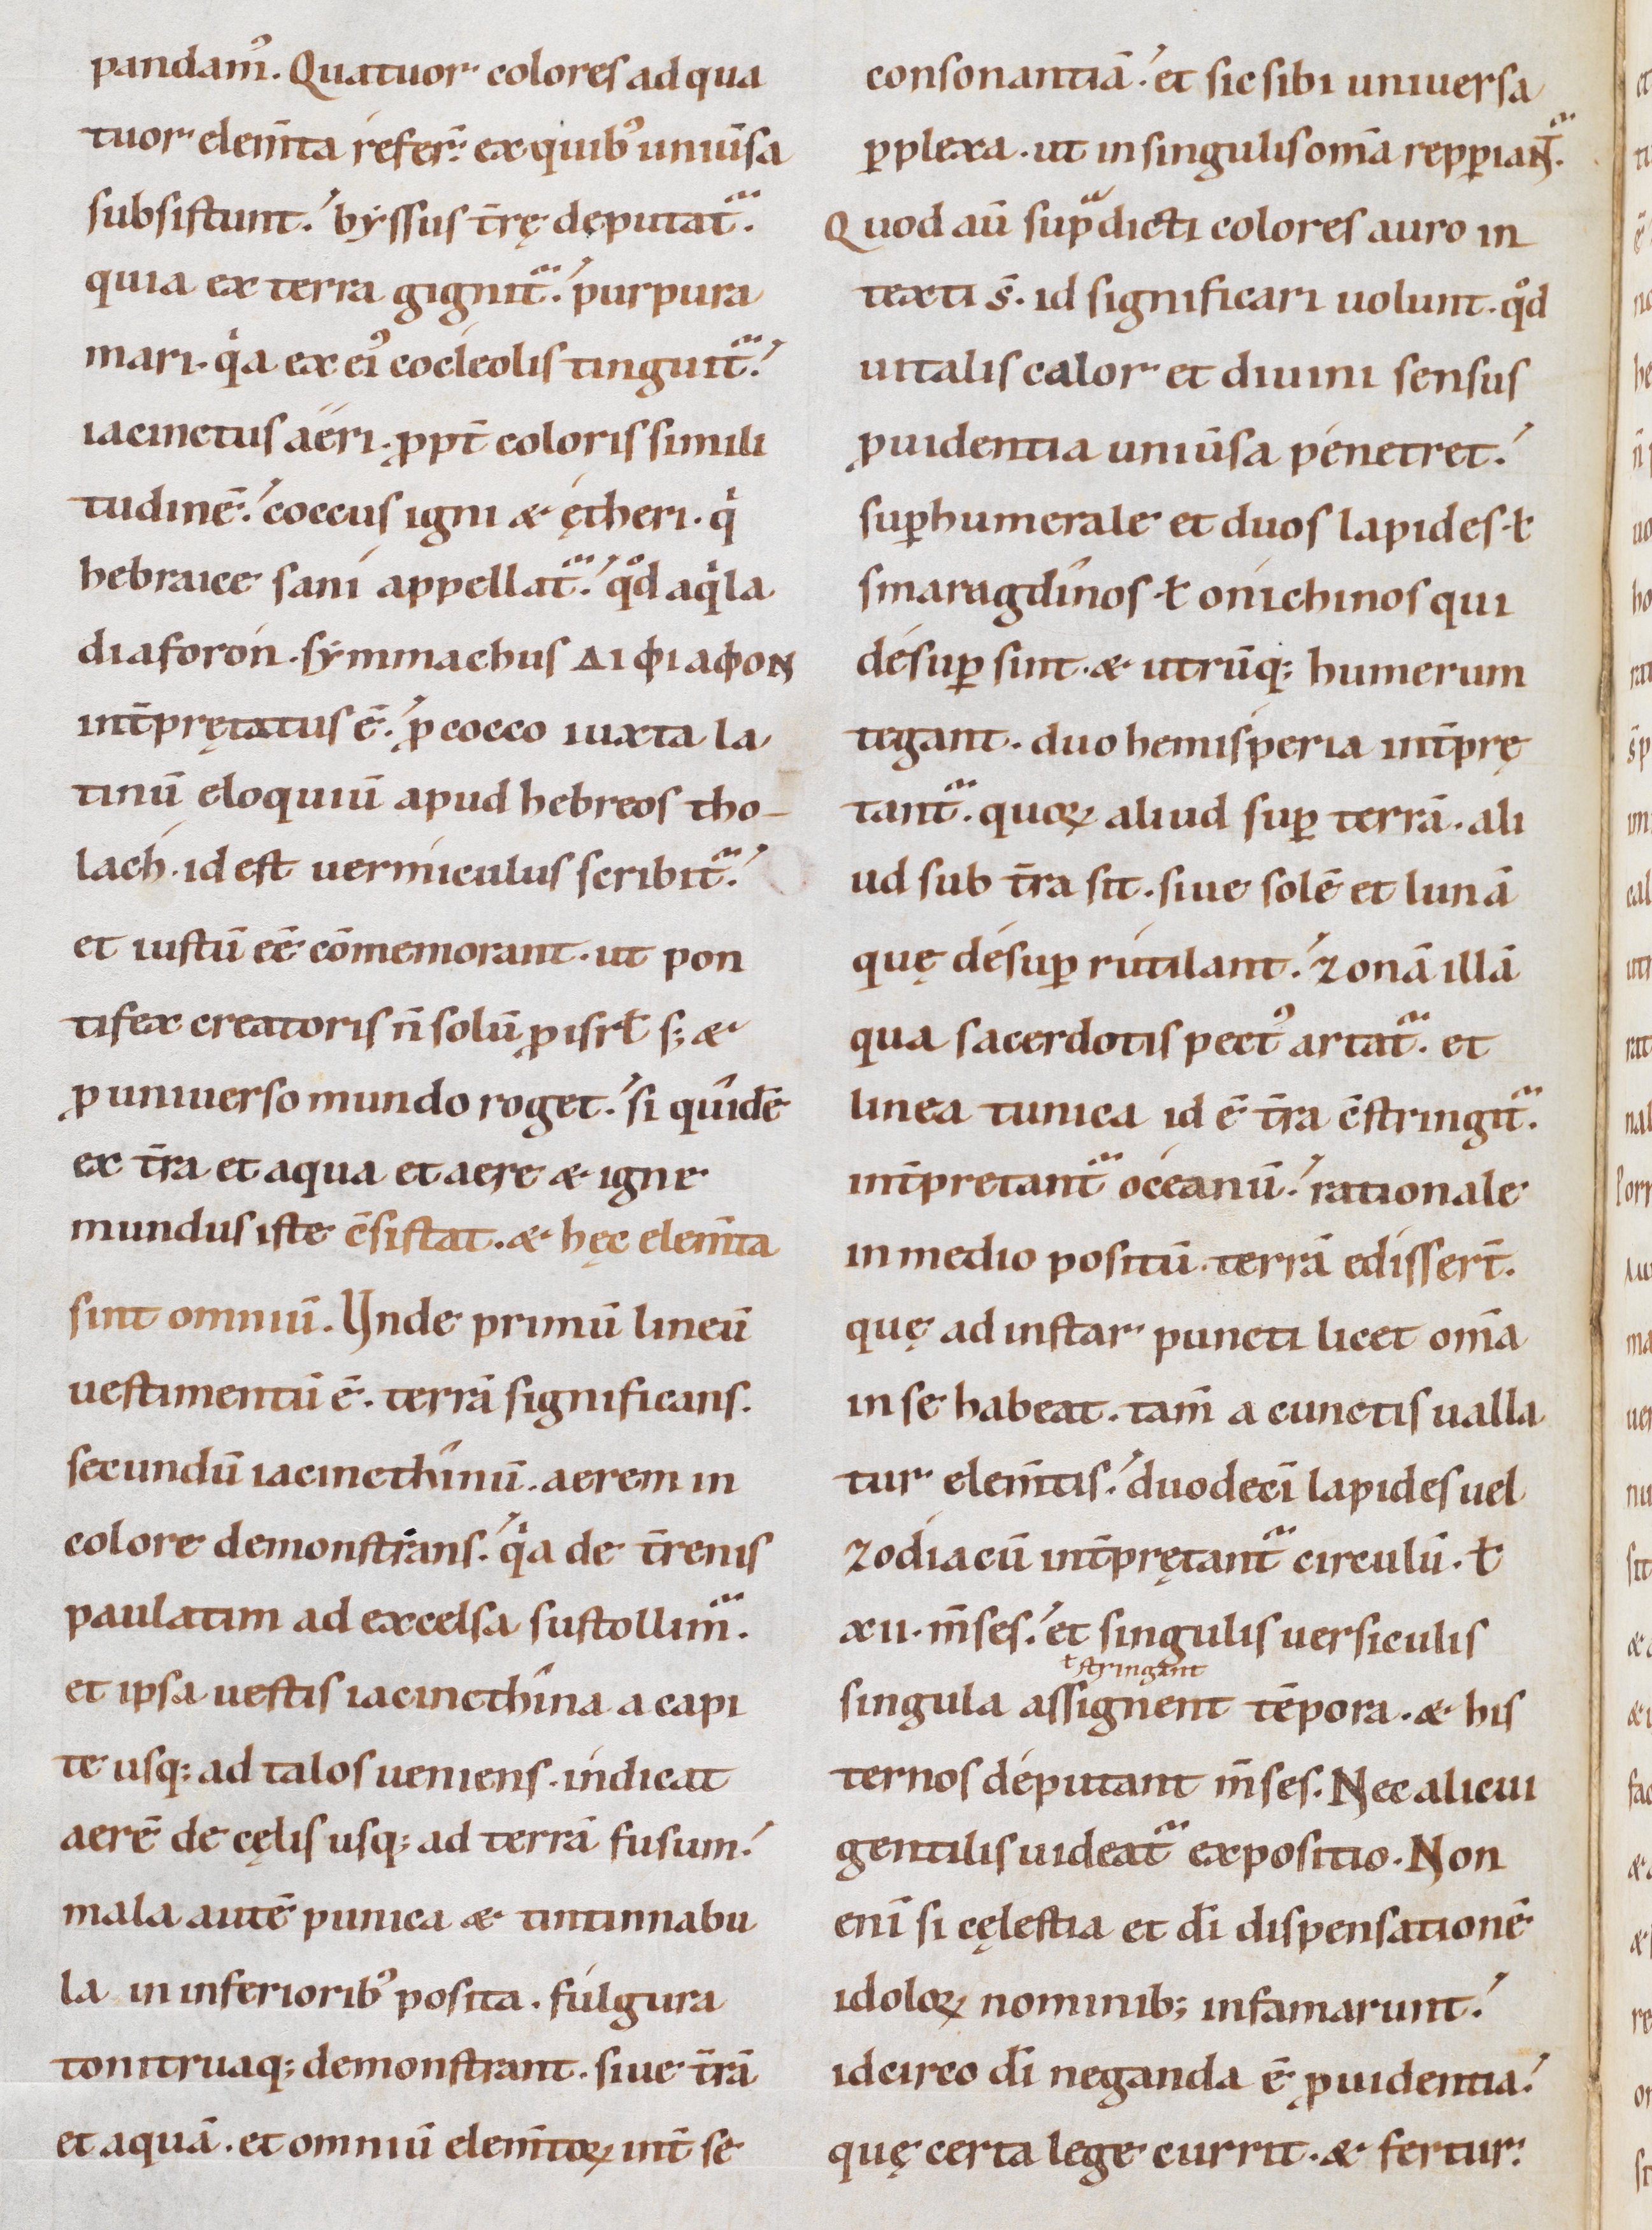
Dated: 1085–1115